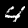
Label: 4